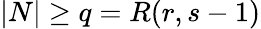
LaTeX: |N|\geq q=R(r,s-1)